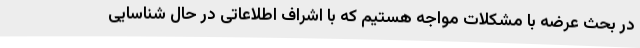
در بحث عرضه با مشکلات مواجه هستیم که با اشراف اطلاعاتی در حال شناسایی